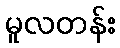
မူလတန်း